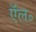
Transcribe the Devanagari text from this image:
ऍल॰